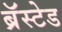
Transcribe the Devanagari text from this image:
ब्रॅस्टेड